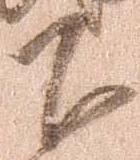
下